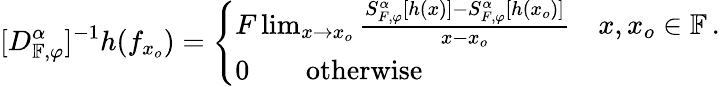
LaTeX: [D_{\mathbb{F},\varphi}^{\alpha}]^{-1}h(f_{x_{o}})=\left\{ \begin{array}{ll}{F\operatorname*{lim}_{x\rightarrow x_{o}}\frac{S_{F,\varphi}^{\alpha}[h(x)]-S_{F,\varphi}^{\alpha}[h(x_{o})]}{x-x_{o}}~~~~x,x_{o}\in\mathbb{F}\, .}\\ {0\qquad\textrm{otherwise}}\end{array}\right.